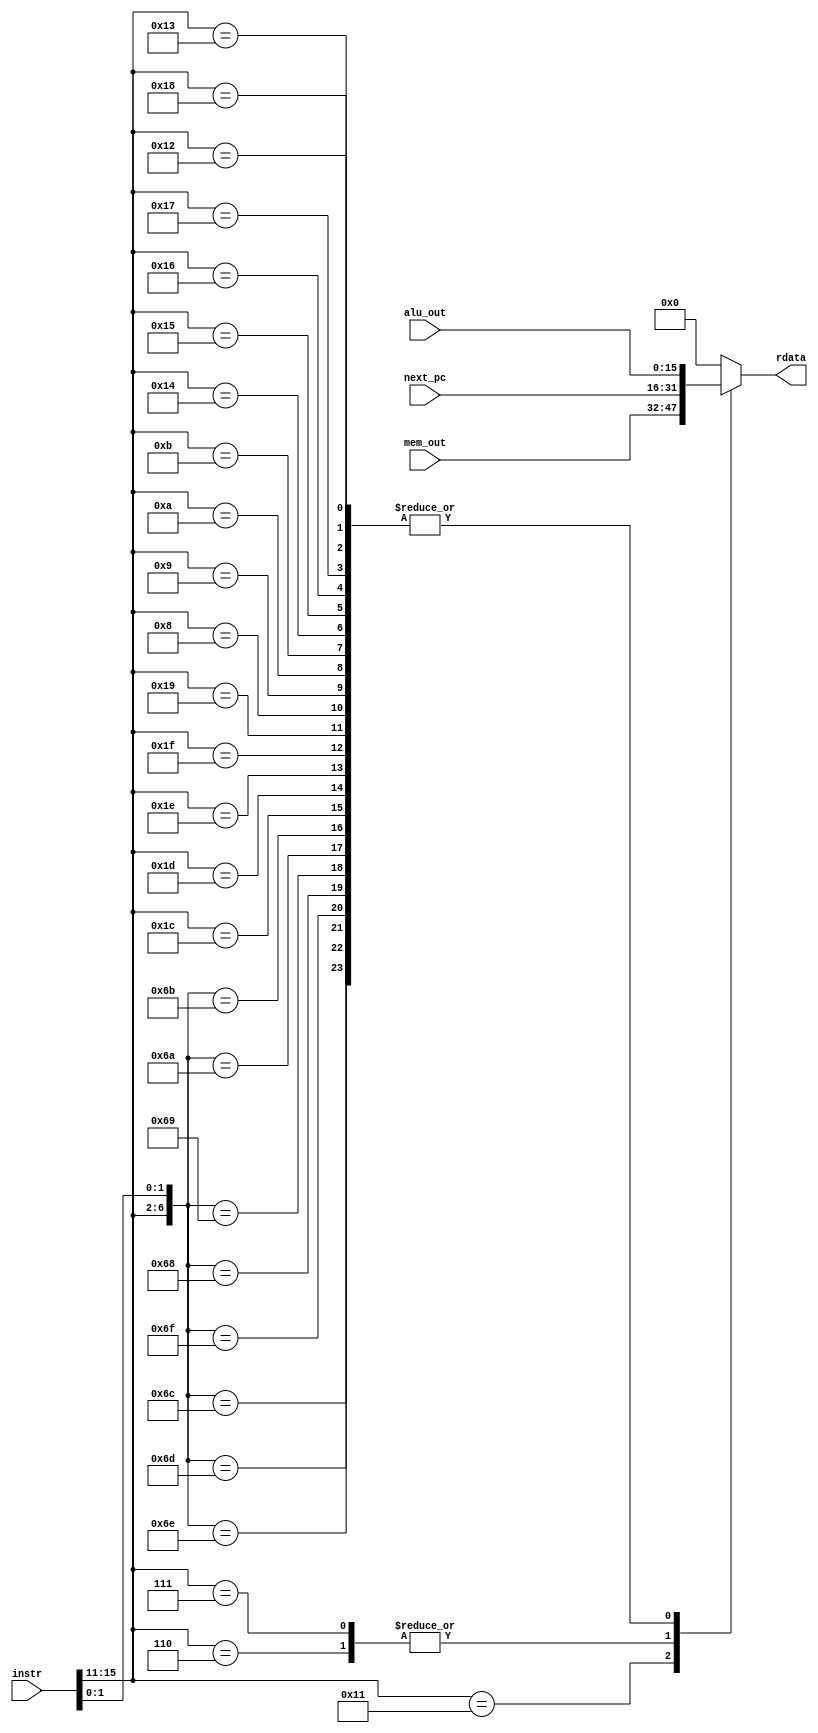
module dest_data_decode (instr, next_pc, alu_out, mem_out, rdata);
   // Inputs
   input [15:0] instr;
   input [15:0] next_pc;
   input [15:0] alu_out;
   input [15:0] mem_out;

   // Outputs
   output reg [15:0] rdata;

   // Wires
   wire [6:0]        op; 
   

   // assigns
   assign op = {instr[15:11], instr[1:0]};
   
   always @ (*) begin
      casex (op)
        /* Reg op */
	7'b1101100 : // ADD
	  rdata = alu_out;
	7'b1101101 : // SUB
	  rdata = alu_out;
	7'b1101110 : // OR
	  rdata = alu_out;
	7'b1101111 : // AND
	  rdata = alu_out;
	7'b1101000 : // ROL
	  rdata = alu_out;
	7'b1101001 : // SLL
	  rdata = alu_out;
	7'b1101010 : // ROR
	  rdata = alu_out;
	7'b1101011 : // SRA
	  rdata = alu_out;
	7'b11100xx : // SEQ
	  rdata = alu_out;
	7'b11101xx : // SLT
	  rdata = alu_out;
	7'b11110xx : // SLE
	  rdata = alu_out;
	7'b11111xx : // SCO
	  rdata = alu_out;
	7'b11001xx : // BTR
	  rdata = alu_out;

        /* Imm */
	7'b01000xx : // ADDI
	  rdata = alu_out;
	7'b01001xx : // SUBI
	  rdata = alu_out;
	7'b01010xx : // ORI
	  rdata = alu_out;
	7'b01011xx : // ANDI
	  rdata = alu_out;
	7'b10100xx : // ROLI
	  rdata = alu_out;
	7'b10101xx : // SLLI
	  rdata = alu_out;
	7'b10110xx : // RORI
	  rdata = alu_out;
	7'b10111xx : // SRAI
	  rdata = alu_out;
	7'b10001xx : // LD
	  rdata = mem_out;

        /* Load immediates (Rd is Rs here) */
	7'b11000xx : // LBI
	  rdata = alu_out;
	7'b10010xx : // SLBI
	  rdata = alu_out;

	/* Write PC to R7 */
	7'b00110xx : // JAL
	  rdata = next_pc;
	7'b00111xx : // JALR
	  rdata = next_pc;

	/* Write back to Rs */
	7'b10011xx : // STU
	  rdata = alu_out;   

	default	  : rdata = 16'b0;
      endcase
   end
endmodule